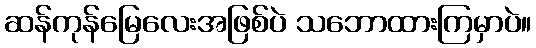
ဆန်ကုန်မြေလေးအဖြစ်ပဲ သဘောထားကြမှာပဲ။